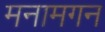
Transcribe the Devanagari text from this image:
मनामगन